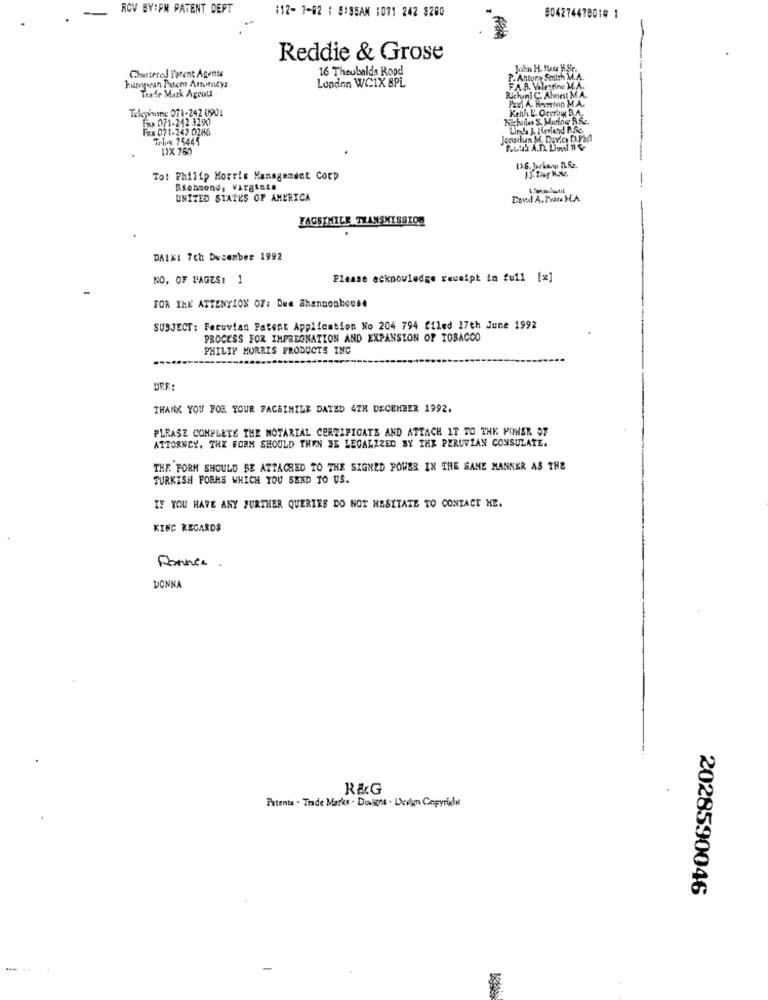
RCV BY:PM PATENT DEPT
112- 1-02 : ##SEAN :071 242 3200
804274478010 1
Reddie & Grose
Chartered Parent Agents
16 Theubalda Rood
London WC1X 8PL
Futrepean Potem Amimeys
Trade Mark Agente
Richuni C. Ahnest M.A.
Paul A. HATIon MA.
Telephony 071-242 0901
Keth L'. Orerin B.A.
Pu 071-242 3290
Fax 071-247 0286
Tr1x 75445
Jocisılun M. Dovic D.ran
13.6. Jorkann TLRz.
To! Philip Morris Management Corp
Richmond, virginia
UNITED STATES OF AMERICA
Enval A. Peace M.A.
FACSIMILE TRANSMISSION
DAIKI 7ch December 1992
NO, OF PAGES: 1
Please acknowledge receipt in full [x]
FOR THE ATTENTION OF: Due Shannonbouse
SUBJECT: Feruvian Patent Application No 204 794 filed 17th June 1992
PROCESS FOR IMPREGNATION AND EXPANSION OF TOBACCO
PHILIP MORRIS PRODUCTS INC
THANK YOU FOR YOUR FACSIMILE DATED 4TH DECEMBER 1992.
PLEASE COMPLETE THE NOTARIAL CERTIFICATE AND ATTACH IT TO THE POWER OF
ATTORNEY, THE FORM SHOULD THEN JE LEGALIZED BY THE PERUVIAN CONSULATE.
THE FORM SHOULD SE ATTACHED TO THE SIGNED POWER IN THE SAME MANNER AS THE
TURKISH FORMS WHICH YOU SEND TO US.
IF YOU HAVE ANY FURTHER QUERIES DO NOT HESITATE TO CONTACT ME.
KIND REGARDS
Donner.
DONNA
R&G
Patents . Trade Marks . Designs . Leevlen Copyright
2028590046